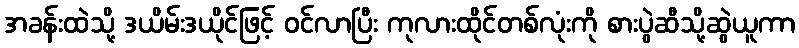
အခန်းထဲသို့ ဒယိမ်းဒယိုင်ဖြင့် ဝင်လာပြီး ကုလားထိုင်တစ်လုံးကို စားပွဲဆီသို့ဆွဲယူကာ